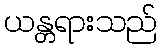
ယန္တရားသည်